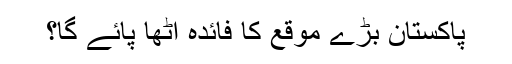
پاکستان بڑے موقع کا فائدہ اٹھا پائے گا؟